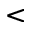
<